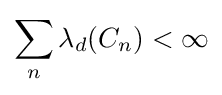
\sum _{n}\lambda _{d}(C_{n})<\infty